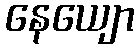
နေယျော